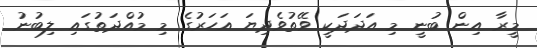
މީރާ އިން ބުނީ މި އަދަދަކީ ވޭތުވެދިޔަ އަހަރުގެ މި މުއްދަތުގައި ލިބުނު